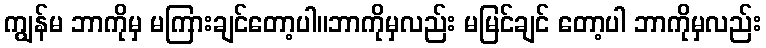
ကျွန်မ ဘာကိုမှ မကြားချင်တော့ပါ။ဘာကိုမှလည်း မမြင်ချင် တော့ပါ ဘာကိုမှလည်း